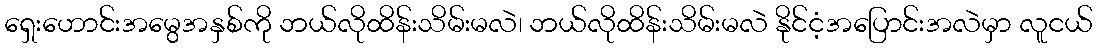
ရှေးဟောင်းအမွေအနှစ်ကို ဘယ်လိုထိန်းသိမ်းမလဲ၊ ဘယ်လိုထိန်းသိမ်းမလဲ နိုင်ငံ့အပြောင်းအလဲမှာ လူငယ်